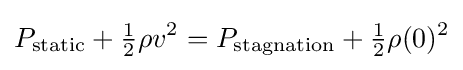
P_{\text{static}}+{\tfrac {1}{2}}\rho v^{2}=P_{\text{stagnation}}+{\tfrac {1}{2}}\rho (0)^{2}